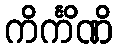
ကိင်္ကိဏိ